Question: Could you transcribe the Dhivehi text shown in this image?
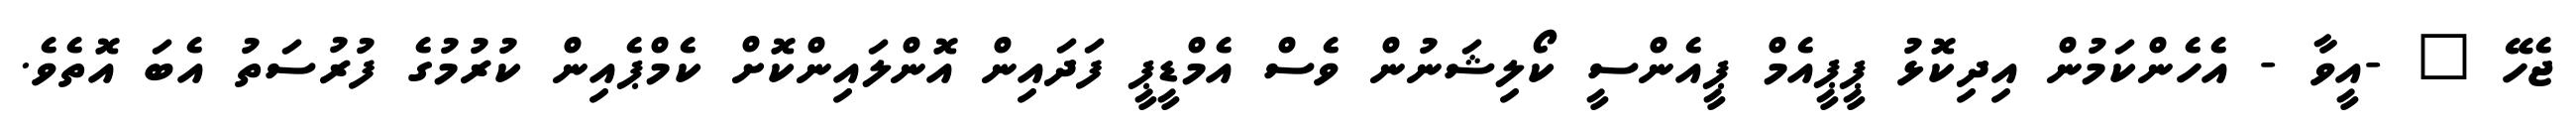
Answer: ޖެހޭ " -އީވާ - އެހެންކަމުން އިދިކޮޅު ޕީޕީއެމް ޕީއެންސީ ކޯލިޝަނުން ވެސް އެމްޑީޕީ ފަދައިން އޮންލައިންކޮށް ކެމްޕެއިން ކުރުމުގެ ފުރުސަތު އެބަ އޮތެވެ.